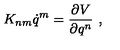
K _ { n m } \dot { q } ^ { m } = \frac { \partial V } { \partial q ^ { n } } \ ,